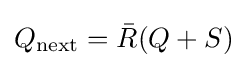
Q_{\text{next}}={\bar {R}}(Q+S)